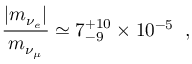
\frac { | m _ { \nu _ { e } } | } { m _ { \nu _ { \mu } } } \simeq 7 _ { - 9 } ^ { + 1 0 } \times 1 0 ^ { - 5 } \; \; ,